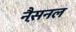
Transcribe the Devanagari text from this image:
नैस़नल